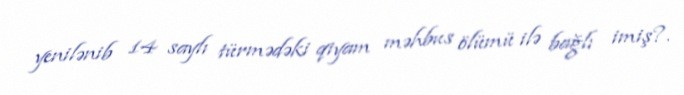
yenilənib 14 saylı türmədəki qiyam məhbus ölümü ilə bağlı imiş?.